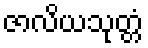
ဇာလိယသုတ္တံ